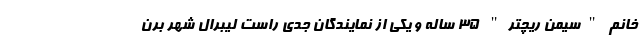
خانم "سیمن ریچتر" 35 ساله و یکی از نمایندگان جدی راست لیبرال شهر برن